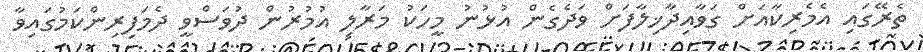
ތެރޭގައި އެމެރިކާއަށް ގަވާއިދާޚިލާފަށް ވަދެގެން އުޅުނު މީހަކު މަރާލި އުމުރުން ދުވަސްވީ ދެމަފިރިންކަމުގައިވާ